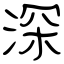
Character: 深